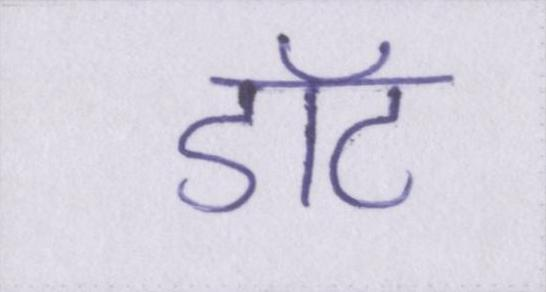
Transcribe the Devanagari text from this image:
डॉट